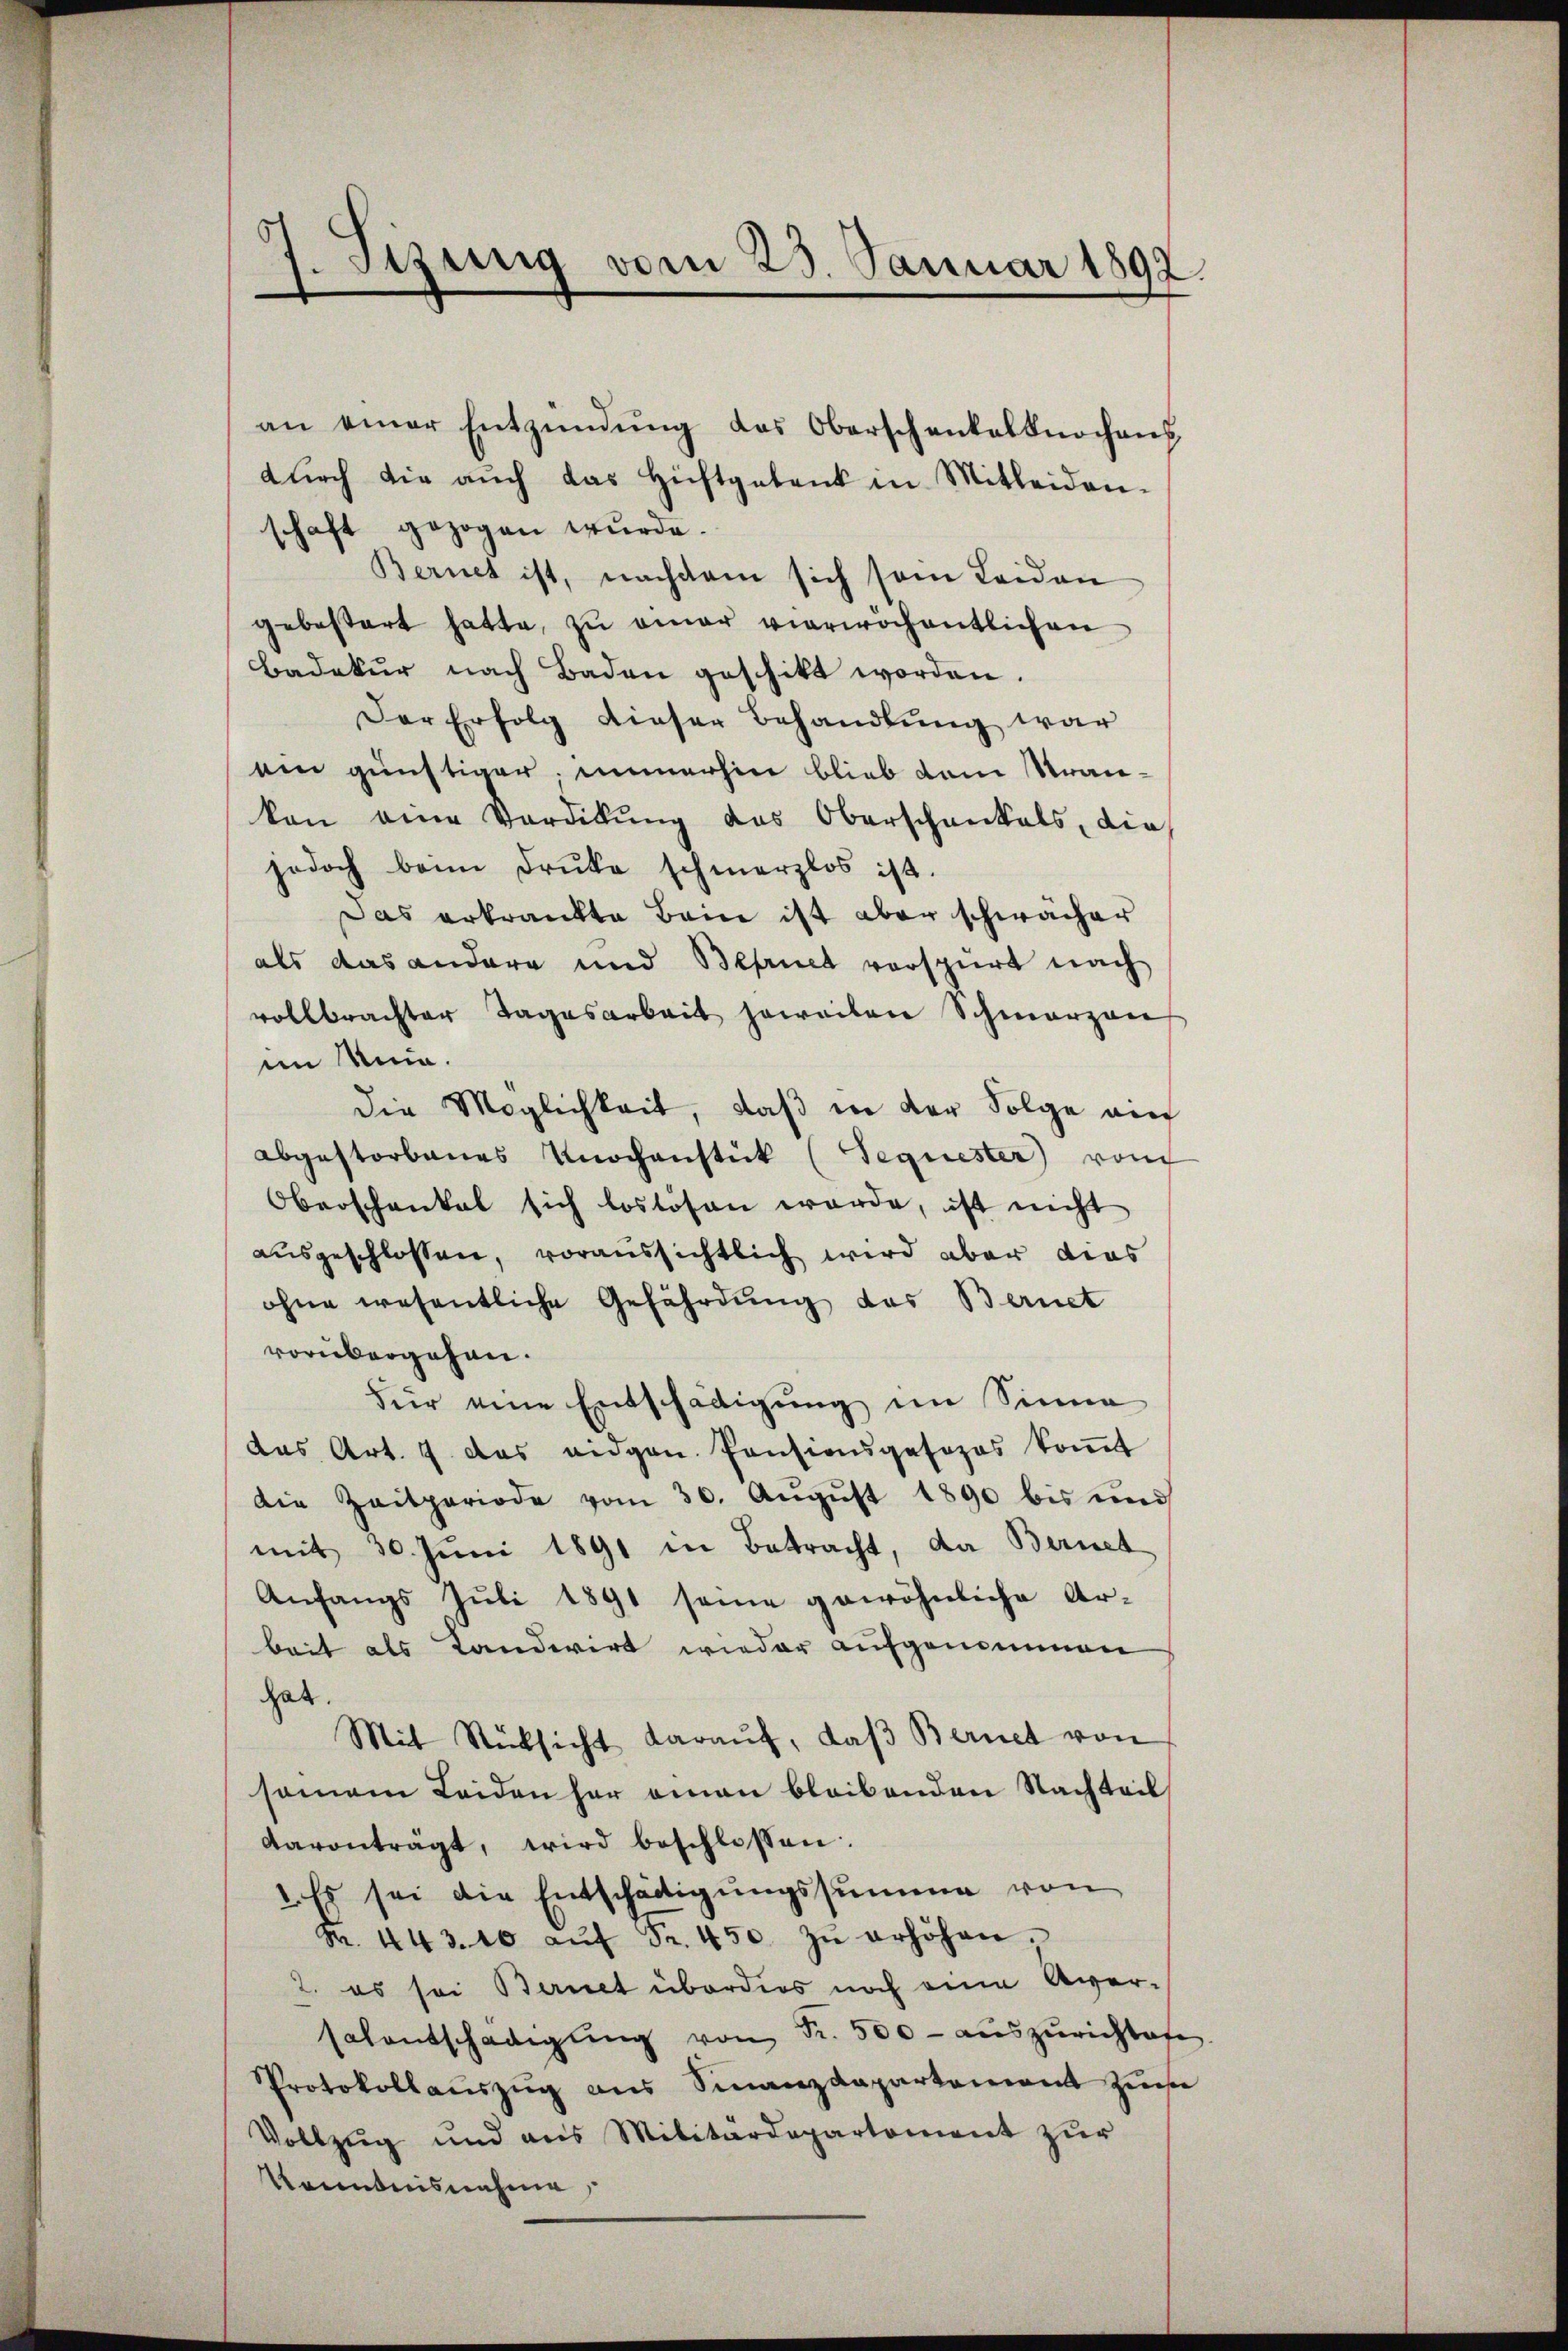
Sitzung vom 23. Januar 1892.
e

an einer Entzündŭng des Oberschenkelknochens
dŭrch die aŭch das Hüftgebank in Mitleiden-
schaft gezogen wurde.
Bernet ist, nachdem sich sein Leiden
gebosart hatte, zu einer vierwochentlichen
Badakur nach Baden geschikt worden.
Der Erfolg dieser Behandlŭng war
ein günstiger immerhin blieb dem Strankon eine Verdikŭng des Oberschankals, die
jedoch beim Druke schmerzlos ist.
Das erkrankte Beine ist aber schwächer
als das andere und Befriet verspürt nach
vollbrachter Tagesarbeit jeweilen Schmerzen
im Unia.
die Möglichkeit, daß in der Folge ein
abgestorbenes Knochenstück (Sequester vom
Oberschankel sich loslösen werde, ist nicht
ausgeschlossen, voraussichtlich wird aber dies
ohne wesentliche Gefährdung des Bernet
vorübergehen.
für eine Entschädigung im Sinne
das Art. 7. das eidgen. Pensionsgesezes koṁt
Die Zeitperiode vom 30. August 1890 bis und
mit 30. Juni 1891 in Betracht, da Bernet
Anfangs Jŭli 1891 seine gewöhnliche Ar-
beit als Landwirt wieder aufgenommen
hat.
Mit Rücksicht daraŭf, daβ Bernet von
samem Leidenher einen bleibenden Nachteil
varanträgt, wird beschlossen:
1. Es sei die Entschädigŭngssumme von
R. 443. 10 aŭf Fr. 450. zŭ erhöhen.
2. es sei Bernet überdies noch eine Aver-
salentschädigŭng von Fr. 500 - auszurichtige
Protokollauszug aus Sinanzdepartement zu
Vollzug und aus Militärdepartement zur
Kenntnisnahme